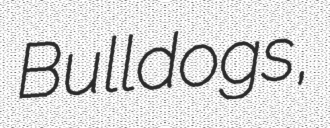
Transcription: Bulldogs,